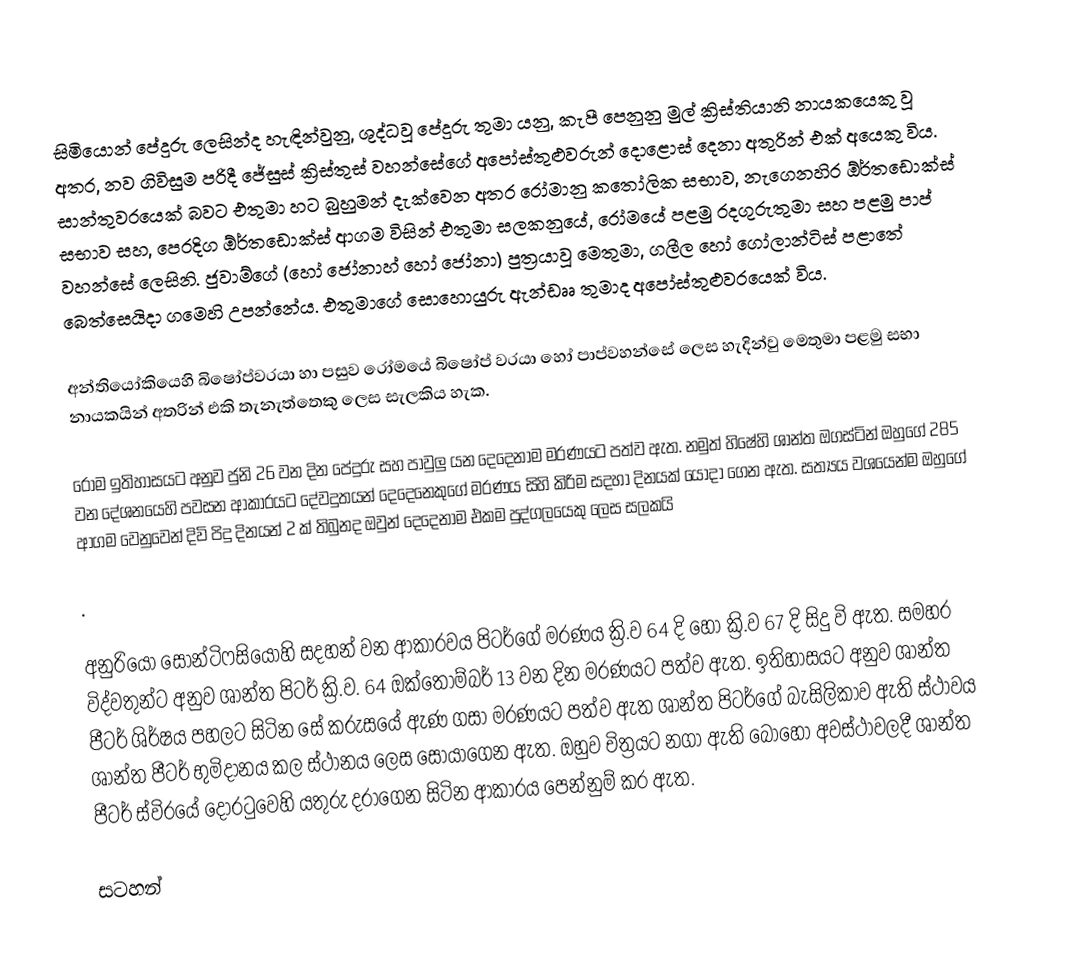
සිමියොන් පේදුරු ලෙසින්ද හැඳින්වුනු, ශුද්ධවූ පේදුරු තුමා  යනු, කැපී පෙනුනු  මුල් ක්‍රිස්තියානි නායකයෙකු වූ අතර, නව ගිවිසුම පරිදී   ජේසුස් ක්‍රිස්තුස් වහන්සේගේ අපෝස්තුළුවරුන් දොළොස් දෙනා අතුරින් එක් අයෙකු විය. සාන්තුවරයෙක් බවට එතුමා හට බුහුමන් දැක්වෙන අතර  රෝමානු කතෝලික සභාව, නැගෙනහිර ඕර්තඩොක්ස් සභාව සහ, පෙරදිග ඕර්තඩොක්ස් ආගම විසින් එතුමා සලකනුයේ, රෝමයේ පළමු  රදගුරුතුමා සහ පළමු පාප් වහන්සේ ලෙසිනි. ජුවාම්ගේ  (හෝ ජෝනාහ් හෝ ජෝනා) පුත්‍රයාවූ මෙතුමා, ගලීල හෝ ගෝලාන්ටිස් පළාතේ බෙත්සෙයිදා ගමෙහි උපන්නේය.  එතුමාගේ සොහොයුරු ඇන්ඩෲ තුමාද අපෝස්තුළුවරයෙක් විය.

අන්තියෝකියෙහි බිෂෝප්වරයා හා පසුව රෝමයේ බිෂෝප් වරයා හෝ පාප්වහන්සේ ලෙස හැදින්වු මෙතුමා පළමු සභා නායකයින් අතරින් එකි තැනැත්තෙකු ලෙස සැලකිය හැක.

රෝම ඉතිහාසයට අනුව ජුනි 26 වන දින ‍පේදුරු සහ පාවුලු යන දෙදෙනාම මරණයට පත්ව ඇත. නමුත් හිෂේහි ශාන්ත ඔගස්ටින් ඔහුගේ 285 වන දේශනයෙහි පවසන ආකාරයට‍ දේවදුතයන් දෙදෙනෙකුගේ මරණය සිහි කිරිම සදහා දිනයක් යොදා ‍ගෙන ඇත. සත්‍යය වශයෙන්ම ඔහුගේ ආගම වෙනුවෙන් දිවි පිදු දිනයන් 2 ක් තිබුනද ඔවුන් දෙදෙනාම එකම පුද්ගලයෙකු ලෙස සලකයි

.

අනුරියෝ සෝන්ටිෆසියෝහි සදහන් වන ආකාරවය පිටර්ගේ මරණය ක්‍රි.ව 64 දි හෝ ක්‍රි.ව 67 දි සිදු වි ඇත. සමහර විද්වතුන්ට අනුව ශාන්ත පිටර් ක්‍රි.ව. 64 ඔක්තෝම්බර් 13 වන දින මරණයට පත්ව ඇත. ඉතිහාසයට අනුව ශාන්ත පීටර් ශිර්ෂය පහලට සිටින සේ කරුසයේ ඇණ ගසා මරණයට පත්ව ඇත  ශාන්ත පිටර්ගේ බැසිලිකාව ඇති ස්ථාවය ශාන්ත පීටර් භුමිදානය කල ස්ථානය ලෙස සොයාගෙන ඇත. ඔහුව චිත්‍රයට නගා ඇති බොහෝ අවස්ථාවලදී ශාන්ත පීටර් ස්විරයේ දොරටුවෙහි යතුරු දරාගෙන සිටින ආකාරය පෙන්නුම් කර ඇත.

සටහන්